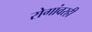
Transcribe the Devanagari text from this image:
रोगांवरही